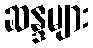
ဆန္ဒများ